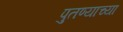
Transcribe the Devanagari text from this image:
पुतण्याच्या